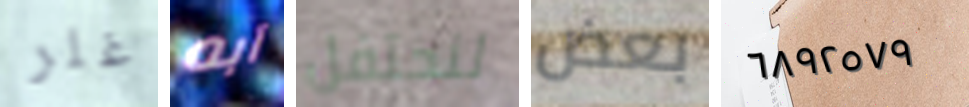
غلر آبه لنحتفل بعض ٦٨٩٢٥٧٩